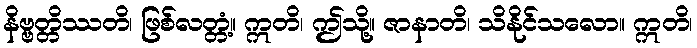
နိဗ္ဗတ္တိဿတိ၊ ဖြစ်လတ္တံ့။ ဣတိ၊ ဤသို့။ ဇာနာတိ၊ သိနိုင်သလော။ ဣတိ၊